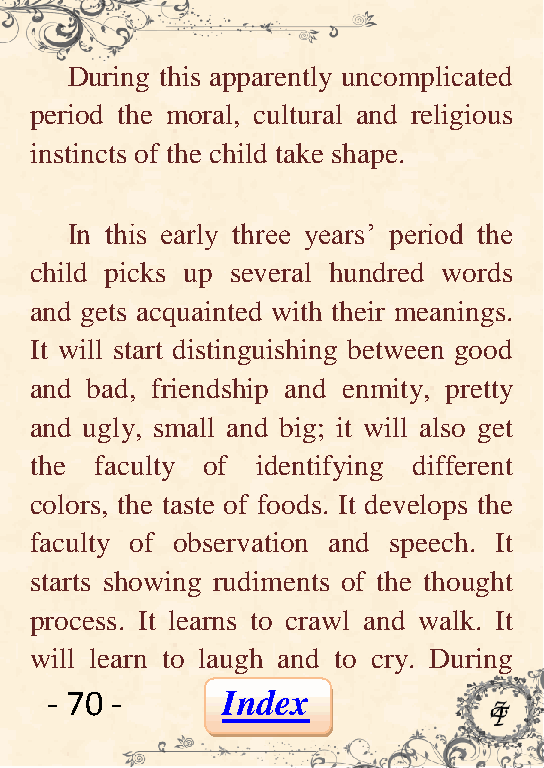
During this apparently uncomplicated
 period the moral, cultural and religious
 instincts of the child take shape.
 In this early three years’ period the
 child picks up several hundred words
 and gets acquainted with their meanings.
 It will start distinguishing between good
 and bad, friendship and enmity, pretty
 and ugly, small and big; it will also get
 the faculty of identifying different
 colors, the taste of foods. It develops the
 faculty of observation and speech. It
 starts showing rudiments of the thought
 process. It learns to crawl and walk. It
 will learn to laugh and to cry. During
 - 70 -      Index